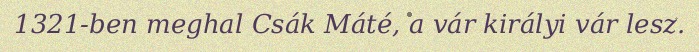
1321-ben meghal Csák Máté, a vár királyi vár lesz.